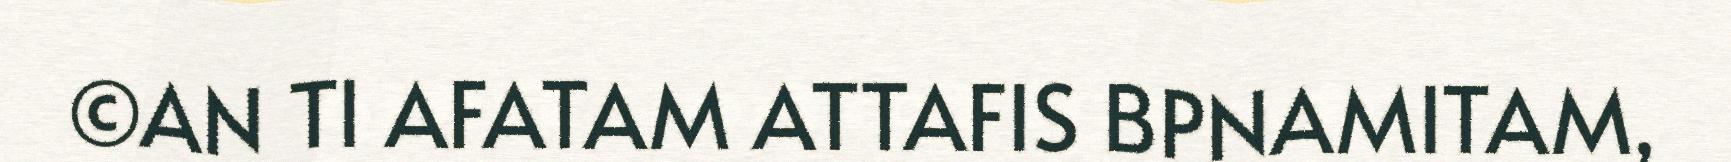
©AN TI AFATAM ATTAFIS BPNAMITAM,